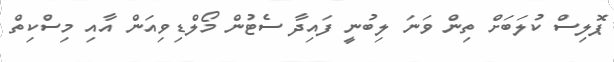
ޕޮލިސް ކުލަބަށް ތިން ވަނަ ލިބުނީ ފައިދާ ސެޓުން މޯލްޑިވިއަން އާއި މިސްކިތް